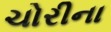
ચોરીના